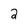
Character: 2